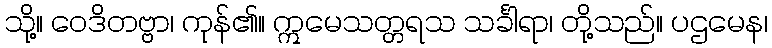
သို့။ ဝေဒိတဗ္ဗာ၊ ကုန်၏။ ဣမေသတ္တရသ သင်္ခါရာ၊ တို့သည်။ ပဌမေန၊